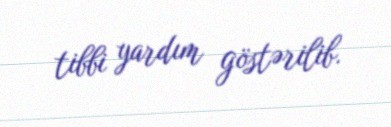
tibbi yardım göstərilib.